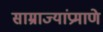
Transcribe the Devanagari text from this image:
साम्राज्यांप्रमाणे